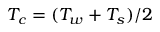
T _ { c } = ( T _ { w } + T _ { s } ) / 2